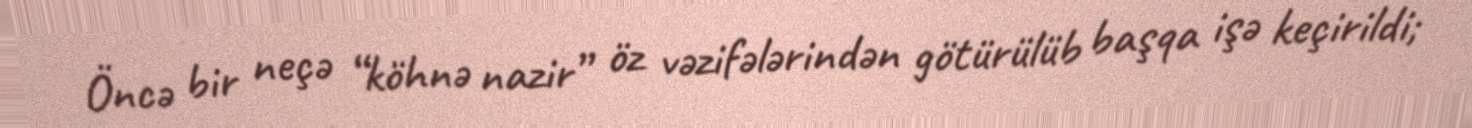
Öncə bir neçə “köhnə nazir” öz vəzifələrindən götürülüb başqa işə keçirildi;